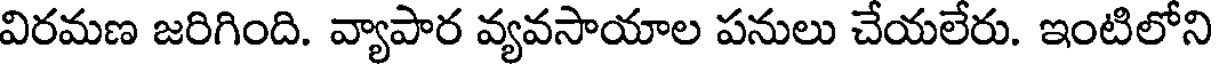
విరమణ జరిగింది. వ్యాపార వ్యవసాయాల పనులు చేయలేరు. ఇంటిలోని